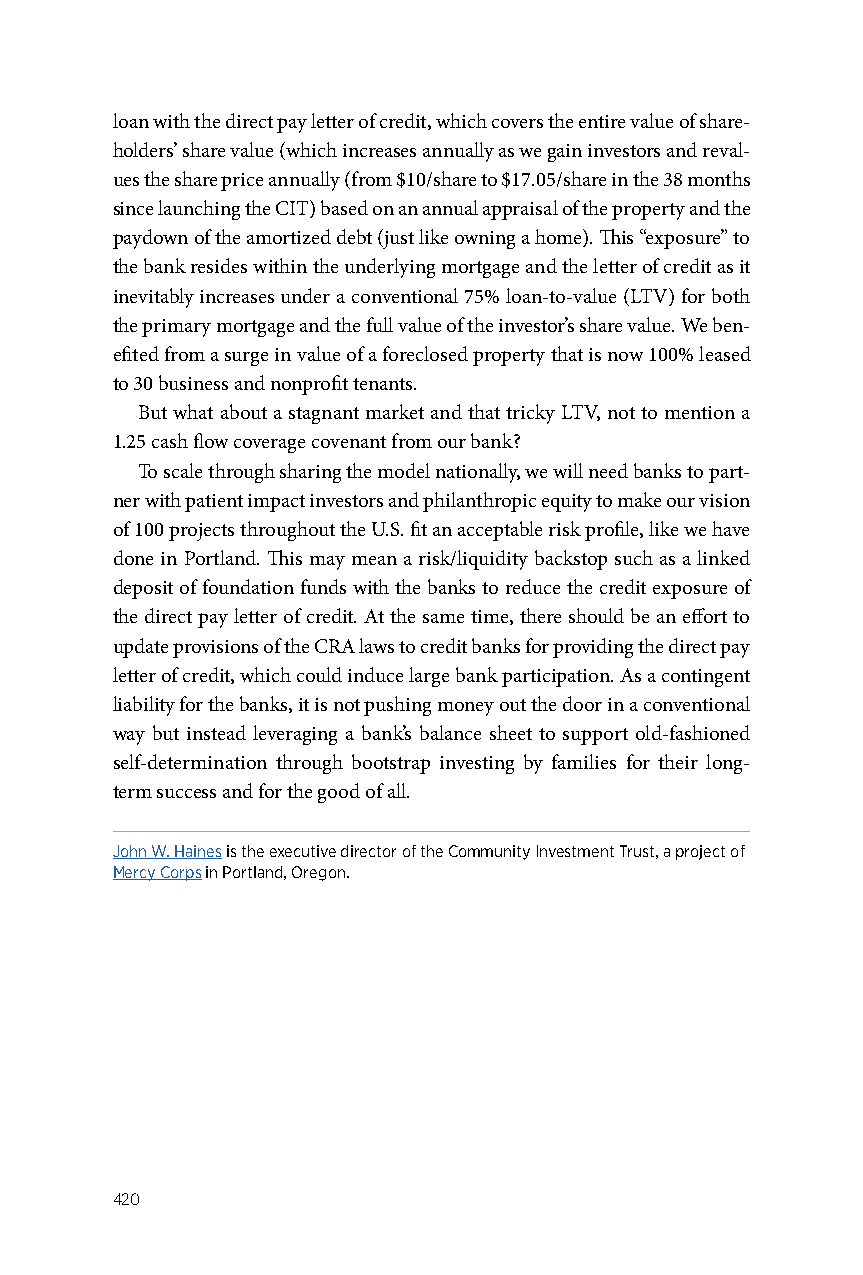
loan with the direct pay letter of credit, which covers the entire value of share-
 holders’ share value (which increases annually as we gain investors and reval-
 ues the share price annually (from $10/share to $17.05/share in the 38 months
 since launching the CIT) based on an annual appraisal of the property and the
 paydown of the amortized debt (just like owning a home). This “exposure” to
 the bank resides within the underlying mortgage and the letter of credit as it
 inevitably increases under a conventional 75% loan-to-value (LTV) for both
 the primary mortgage and the full value of the investor’s share value. We ben-
 efited from a surge in value of a foreclosed property that is now 100% leased
 to 30 business and nonprofit tenants.
 But what about a stagnant market and that tricky LTV, not to mention a
 1.25 cash flow coverage covenant from our bank?
 To scale through sharing the model nationally, we will need banks to part-
 ner with patient impact investors and philanthropic equity to make our vision
 of 100 projects throughout the U.S. fit an acceptable risk profile, like we have
 done in Portland. This may mean a risk/liquidity backstop such as a linked
 deposit of foundation funds with the banks to reduce the credit exposure of
 the direct pay letter of credit. At the same time, there should be an effort to
 update provisions of the CRA laws to credit banks for providing the direct pay
 letter of credit, which could induce large bank participation. As a contingent
 liability for the banks, it is not pushing money out the door in a conventional
 way but instead leveraging a bank’s balance sheet to support old-fashioned
 self-determination through bootstrap investing by families for their long-
 term success and for the good of all.
 John W. Haines is the executive director of the Community Investment Trust, a project of
 Mercy Corps in Portland, Oregon.
 420